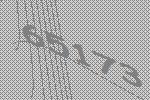
65173